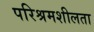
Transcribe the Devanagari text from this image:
परिश्रमशीलता